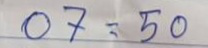
07 = 50